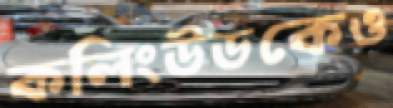
কলিংউডকেও